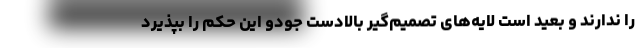
را ندارند و بعید است لایه‌های تصمیم‌گیر بالادست جودو این حکم را بپذیرد